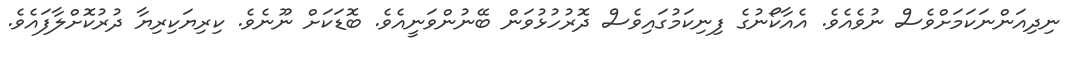
ނިދިއަންނަކަމަށްވެސް ނުވެއެވެ. އެއާކޯނުގެ ފިނިކަމުގައިވެސް ދޮރުހުޅުވަން ބޭނުންވަނީއެވެ. ބޮޑަކަށް ނޫނެވެ. ކިރިޔަކިރިޔާ ދުރުކޮށްލާފައެވެ.